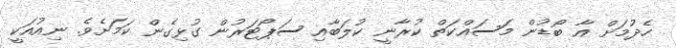
ހެދުމަށް އާ ބޯޑުން މަސައްކަތް ކުރާނީ ކުލަބާއި ސަޕޯޓަރުން ގުޅިގެން ކަމަށެވެ. ނިއުއަކީ